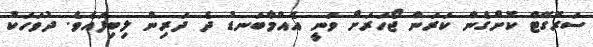
ސަރޮގޭޓް ކޮށްގެން ކަރަން ޖޯހަރަށް ވަނީ އެއްމާބަނޑު ދެ ދަރިން ލިބިފައެވެ. ދުވަހަކު